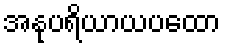
အနုပရိယာယပထော